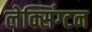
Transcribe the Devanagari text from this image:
लेक्सिंग्‍टन